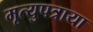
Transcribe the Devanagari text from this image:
मृत्युपत्राया